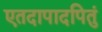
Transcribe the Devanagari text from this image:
एतदापादपितुं